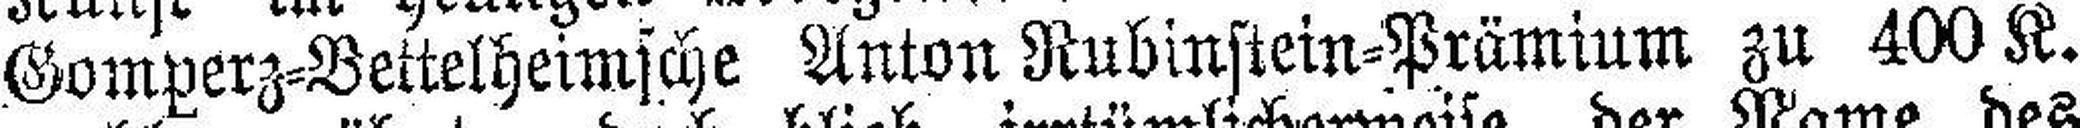
Gomperz=Bettelheimsche Anton Rubinstein=Prämium zu 400 K.